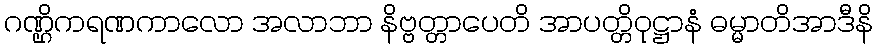
ဂဏ္ဌိကရဏကာလော အလာဘာ နိဗ္ဗတ္တာပေတိ အာပတ္တိဝုဋ္ဌာနံ ဓမ္မာတိအာဒီနိ